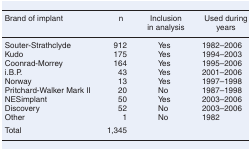
<table><thead><tr><td><b>Brand of implant</b></td><td><b>n</b></td><td><b>Inclusion in analysis</b></td><td><b>Used during years</b></td></tr></thead><tbody><tr><td>Souter-Strathclyde</td><td>912</td><td>Yes</td><td>1982–2006</td></tr><tr><td>Kudo</td><td>175</td><td>Yes</td><td>1994–2003</td></tr><tr><td>Coonrad-Morrey</td><td>164</td><td>Yes</td><td>1995–2006</td></tr><tr><td>i.B.P.</td><td>43</td><td>Yes</td><td>2001–2006</td></tr><tr><td>Norway</td><td>13</td><td>Yes</td><td>1997–1998</td></tr><tr><td>Pritchard-Walker Mark II</td><td>20</td><td>No</td><td>1987–1998</td></tr><tr><td>NESimplant</td><td>50</td><td>Yes</td><td>2003–2006</td></tr><tr><td>Discovery</td><td>52</td><td>No</td><td>2003–2006</td></tr><tr><td>Other</td><td>1</td><td>No</td><td>1982</td></tr><tr><td>Total</td><td>1,345</td><td></td><td></td></tr></tbody></table>